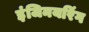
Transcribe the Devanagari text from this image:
इंजिनयरिंग